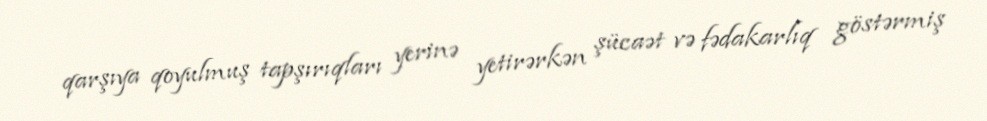
qarşıya qoyulmuş tapşırıqları yerinə yetirərkən şücaət və fədakarlıq göstərmiş